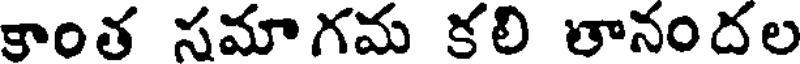
కాంత సమాగమ కలి తానందల